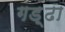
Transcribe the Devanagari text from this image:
गड़्ढा